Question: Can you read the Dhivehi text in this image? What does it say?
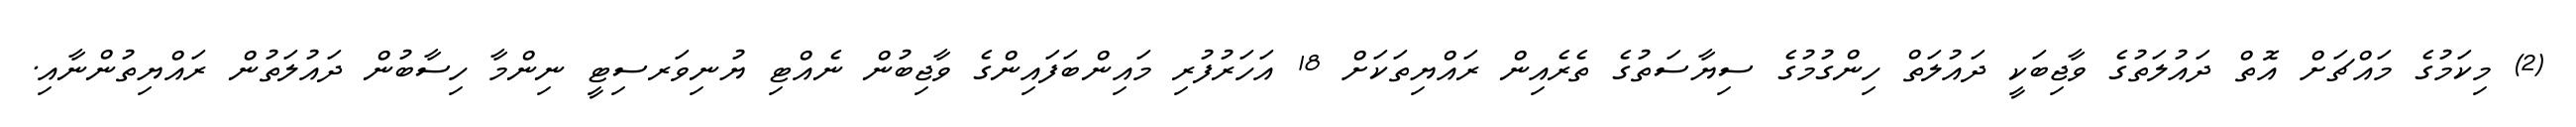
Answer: (2) މިކަމުގެ މައްޗަށް އޮތް ދައުލަތުގެ ވާޖިބަކީ ދައުލަތް ހިންގުމުގެ ސިޔާސަތުގެ ތެރެއިން ރައްޔިތަކަށް 18 އަހަރުފުރި މައިންބަފައިންގެ ވާޖިބުން ނެއްޓި ޔުނިވަރސިޓީ ނިންމާ ހިސާބުން ދައުލަތުން ރައްޔިތުންނާއި.